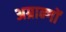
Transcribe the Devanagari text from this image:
अग्रान्गों